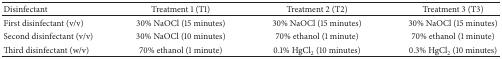
| Disinfectant | Treatment 1 (T1) | Treatment 2 (T2) | Treatment 3 (T3) |
 | --- | --- | --- | --- |
 | First disinfectant (v/v) | 30% NaOCl (15 minutes) | 30% NaOCl (15 minutes) | 30% NaOCl (15 minutes) |
 | Second disinfectant (v/v) | 30% NaOCl (10 minutes) | 70% ethanol (1 minute) | 70% ethanol (1 minute) |
 | Third disinfectant (w/v) | 70% ethanol (1 minute) | 0.1% HgCl2 (10 minutes) | 0.3% HgCl2 (10 minutes) |